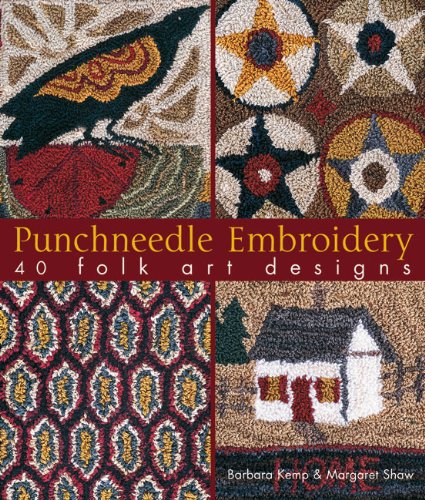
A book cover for Punchneedle Embroidery: 40 Folk Art Designs; Barbara Kemp; Crafts, Hobbies & Home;